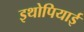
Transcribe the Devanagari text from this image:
इथोपियाई